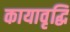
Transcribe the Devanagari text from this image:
कायावृद्धि